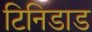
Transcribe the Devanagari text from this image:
टिनिडाड